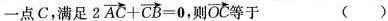
一点C，满足 $$2 \overrightarrow { A C } + \overrightarrow { C B } = 0$$ ，则OC等于 ( )